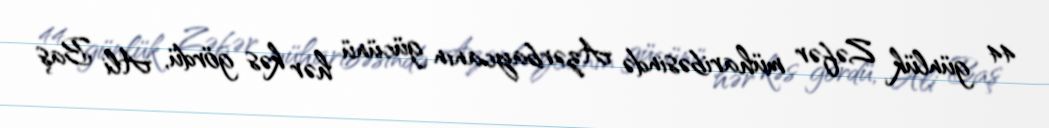
44 günlük Zəfər müharibəsində Azərbaycanın gücünü hər kəs gördü, Ali Baş